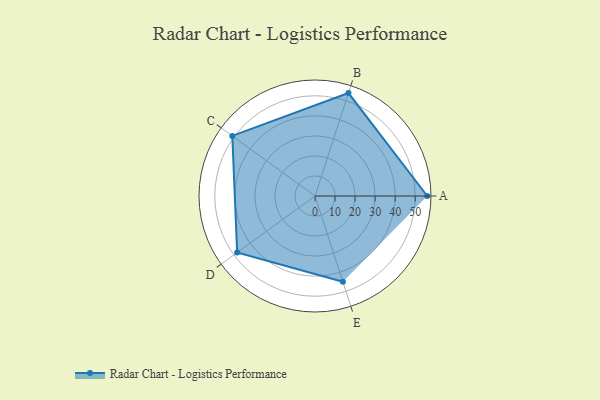
{"axis": {"x": "Skill", "y": "Score"}, "legend": ["Profile"], "data": [{"x": "A", "y": 56.0, "type": "Profile"}, {"x": "B", "y": 54.0, "type": "Profile"}, {"x": "C", "y": 51.0, "type": "Profile"}, {"x": "D", "y": 48.0, "type": "Profile"}, {"x": "E", "y": 45.0, "type": "Profile"}]}